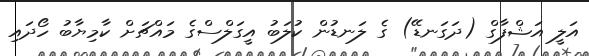
އަލީ އަޝްފާގް (ދަގަނޑޭ) ގެ ލަނޑުން ކުލަބު އީގަލްސްގެ މައްޗަށް ކާމިޔާބު ހޯދައި